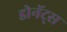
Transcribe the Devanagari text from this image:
डोनॅट्स